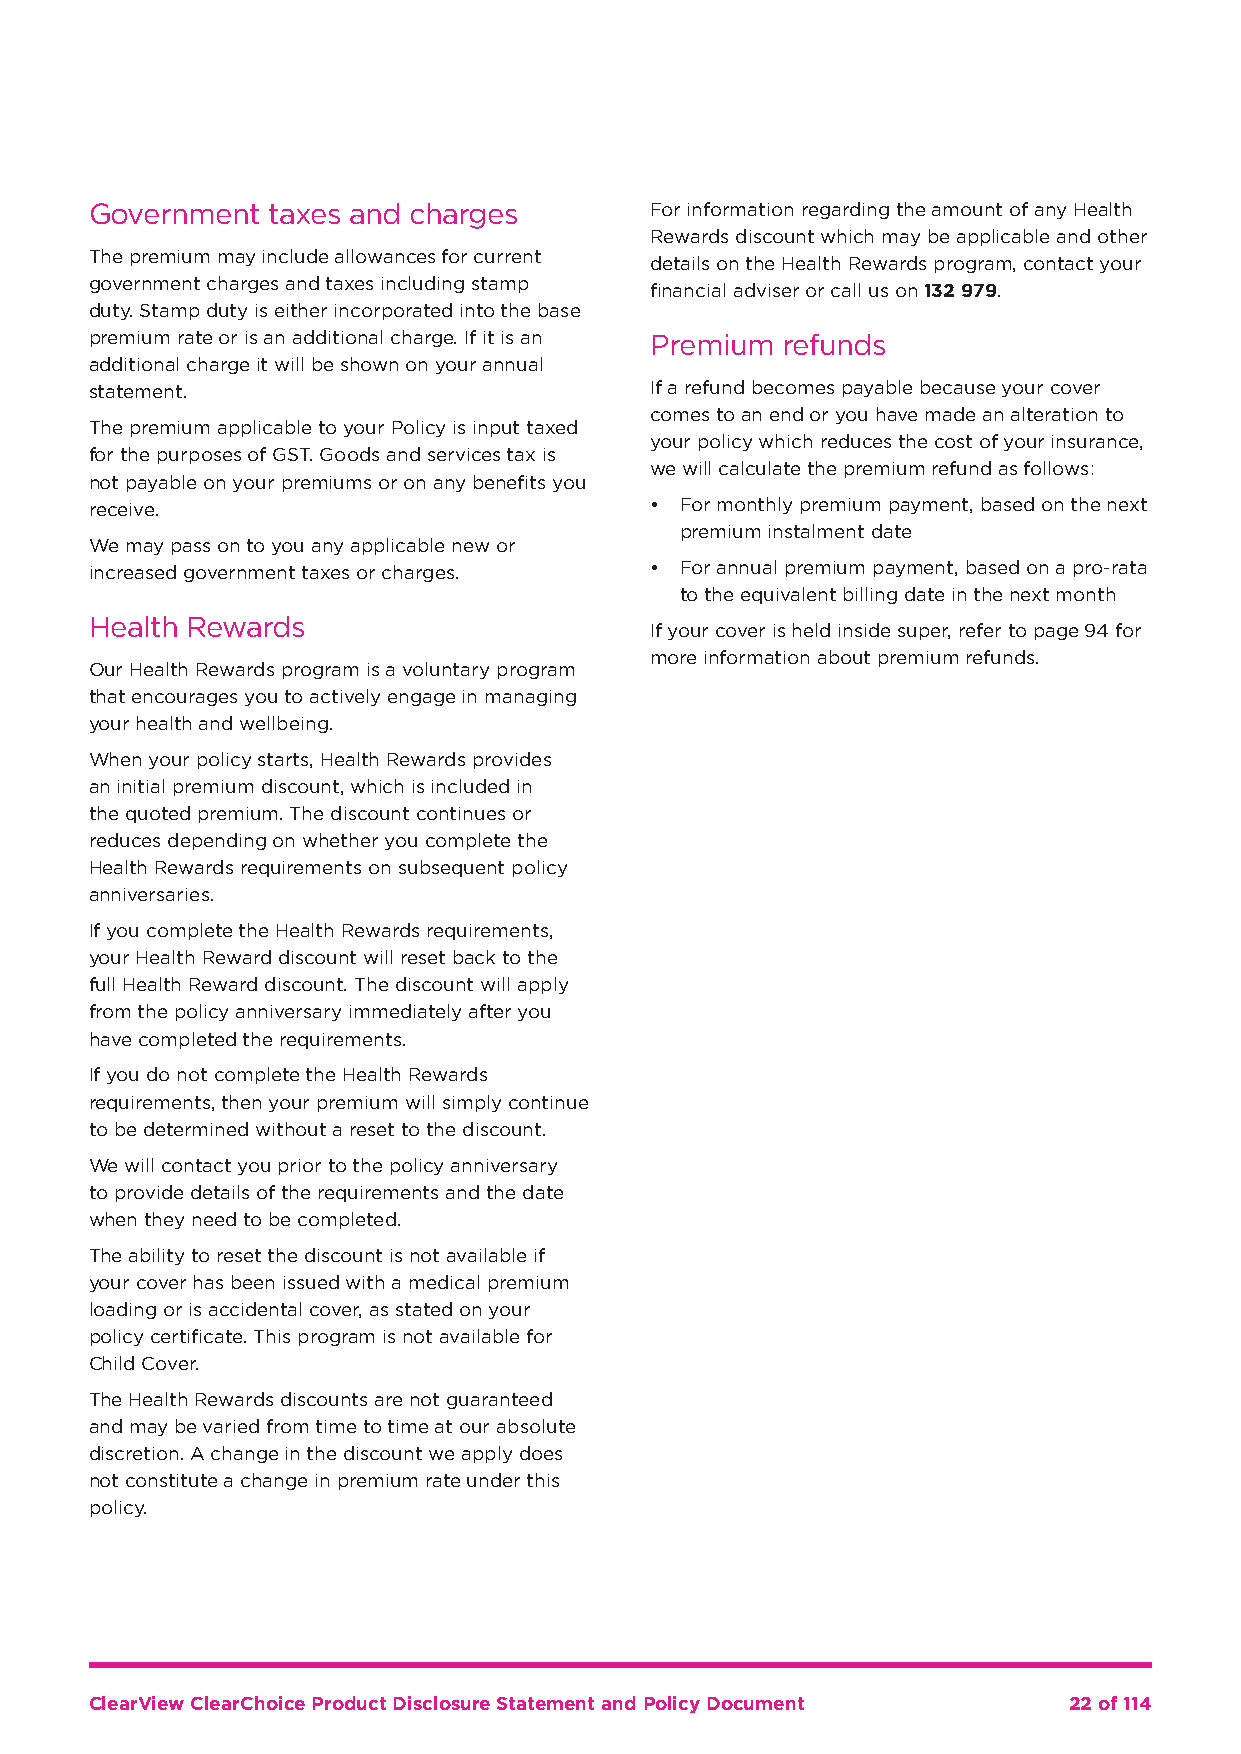
Government  taxes and charges        For information regarding the amount of any Health
 Rewards discount which may be applicable and other
 The premium may include allowances for current
 details on the Health Rewards program, contact your
 government charges and taxes including stamp
 financial adviser or call us on 132 979.
 duty. Stamp duty is either incorporated into the base
 premium rate or is an additional charge. If it is an Premium refunds
 additional charge it will be shown on your annual
 statement.                           If a refund becomes payable because your cover
 comes to an end or you have made an alteration to
 The premium applicable to your Policy is input taxed
 your policy which reduces the cost of your insurance,
 for the purposes of GST. Goods and services tax is
 we will calculate the premium refund as follows:
 not payable on your premiums or on any benefits you
 receive.                             • For monthly premium payment, based on the next
 premium instalment date
 We may pass on to you any applicable new or
 increased government taxes or charges. • For annual premium payment, based on a pro-rata
 to the equivalent billing date in the next month
 Health Rewards
 If your cover is held inside super, refer to page 94 for
 more information about premium refunds.
 Our Health Rewards program is a voluntary program
 that encourages you to actively engage in managing
 your health and wellbeing.
 When your policy starts, Health Rewards provides
 an initial premium discount, which is included in
 the quoted premium. The discount continues or
 reduces depending on whether you complete the
 Health Rewards requirements on subsequent policy
 anniversaries.
 If you complete the Health Rewards requirements,
 your Health Reward discount will reset back to the
 full Health Reward discount. The discount will apply
 from the policy anniversary immediately after you
 have completed the requirements.
 If you do not complete the Health Rewards
 requirements, then your premium will simply continue
 to be determined without a reset to the discount.
 We will contact you prior to the policy anniversary
 to provide details of the requirements and the date
 when they need to be completed.
 The ability to reset the discount is not available if
 your cover has been issued with a medical premium
 loading or is accidental cover, as stated on your
 policy certificate. This program is not available for
 Child Cover.
 The Health Rewards discounts are not guaranteed
 and may be varied from time to time at our absolute
 discretion. A change in the discount we apply does
 not constitute a change in premium rate under this
 policy.
 ClearView ClearChoice Product Disclosure Statement and Policy Document 22 of 114